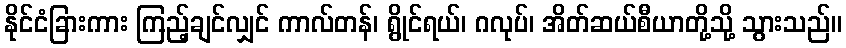
နိုင်ငံခြားကား ကြည့်ချင်လျှင် ကာလ်တန်၊ ရွိုင်ရယ်၊ ဂလုပ်၊ အိတ်ဆယ်စီယာတို့သို့ သွားသည်။